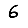
Digit: 6